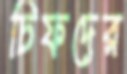
চিফদের